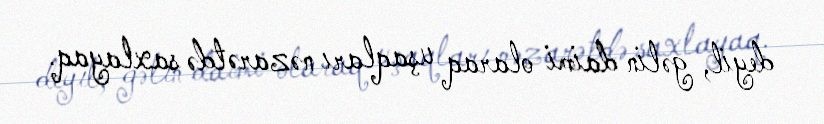
deyil, gəlin daimi olaraq uşaqları nəzarətdə saxlayaq.